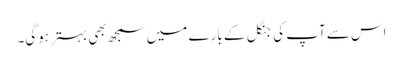
اس سے آپ کی جنگل کے بارے میں سمجھ بھی بہتر ہوگی۔